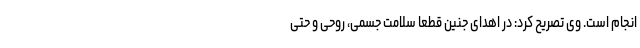
انجام است. وی تصریح کرد: در اهدای جنین قطعا سلامت جسمی، روحی و حتی